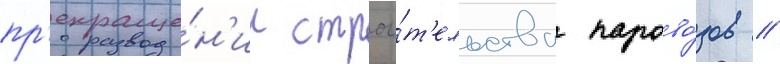
пр'екраще́н'ии строи́т'ельства парово́зов //